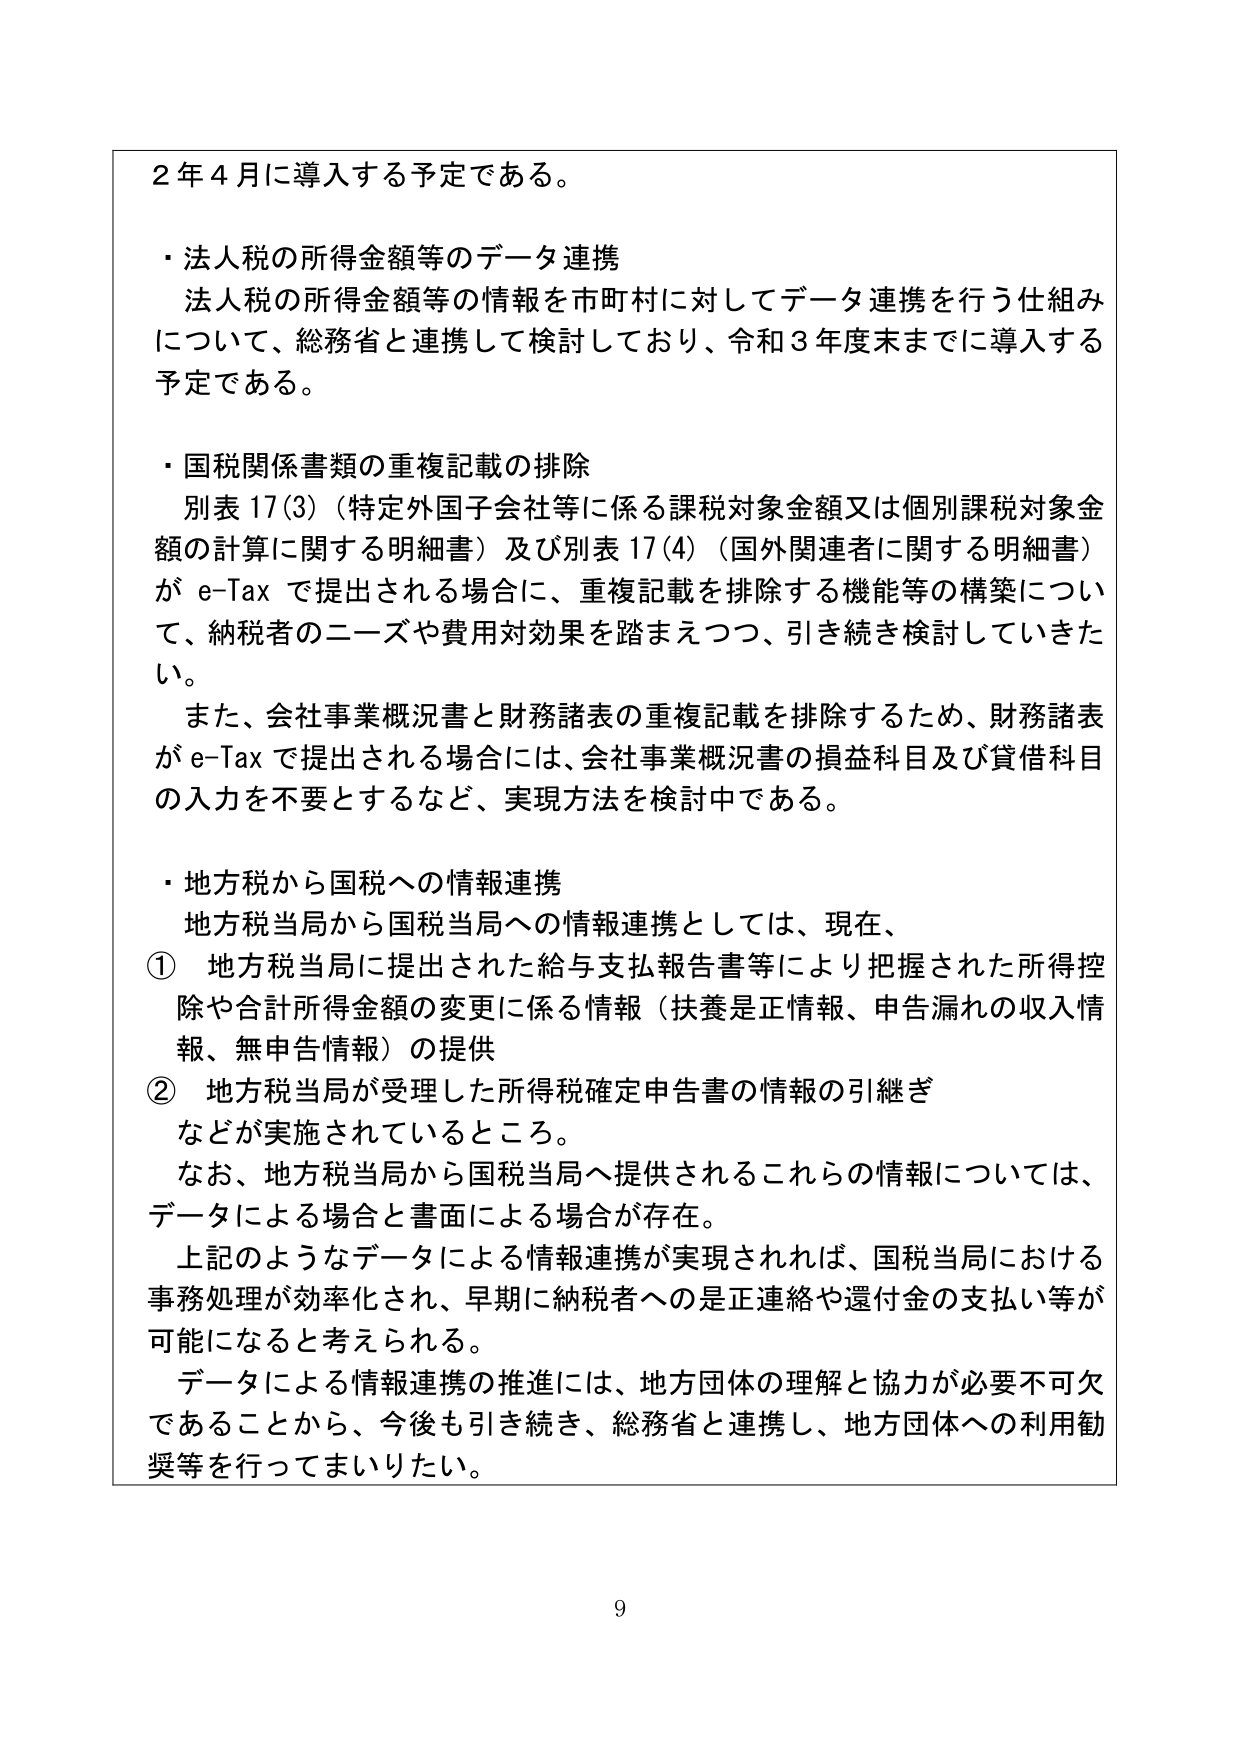
2年4月に導入する予定である。

・法人税の所得金額等のデータ連携
　法人税の所得金額等の情報を市町村に対してデータ連携を行う仕組み
　について、総務省と連携して検討しており、令和3年度末までに導入する
　予定である。

・国税関係書類の重複記載の排除
　別表17(3)（特定外国子会社等に係る課税対象金額又は個別課税対象金
　額の計算に関する明細書）及び別表17(4)（国外関連者に関する明細書）
　がe-Taxで提出される場合に、重複記載を排除する機能等の構築につい
　て、納税者のニーズや費用対効果を踏まえつつ、引き続き検討していきた
　い。
　また、会社事業概況書と財務諸表の重複記載を排除するため、財務諸表
　がe-Taxで提出される場合には、会社事業概況書の損益科目及び貸借科目
　の入力を不要とするなど、実現方法を検討中である。

・地方税から国税への情報連携
　地方税当局から国税当局への情報連携としては、現在、
①　地方税当局に提出された給与支払報告書等により把握された所得控
　　除や合計所得金額の変更に係る情報（扶養是正情報、申告漏れの収入情
　　報、無申告情報）の提供
②　地方税当局が受理した所得税確定申告書の情報の引継ぎ
　　などが実施されているところ。
　　なお、地方税当局から国税当局へ提供されるこれらの情報については、
　　データによる場合と書面による場合が存在。
　　上記のようなデータによる情報連携が実現されれば、国税当局における
　　事務処理が効率化され、早期に納税者への是正連絡や還付金の支払い等が
　　可能になると考えられる。
　　データによる情報連携の推進には、地方団体の理解と協力が必要不可欠
　　であることから、今後も引き続き、総務省と連携し、地方団体への利用勧
　　奨等を行ってまいりたい。

9